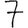
Digit: 7